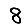
Digit: 8